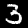
Digit: 3